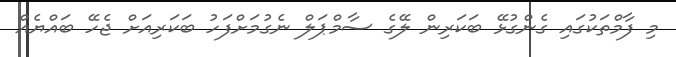
މި ފާމްތަކުގައި ގެންގުޅޭ ބަކަރިން ލޭގެ ސާމްޕަލް ނެގުމަށްފަހު ބަކަރިއަށް ޖެހޭ ބައްޔެއް